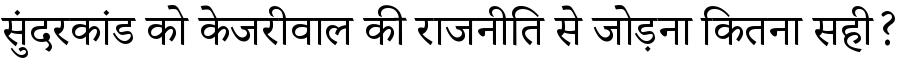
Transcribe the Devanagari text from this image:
सुंदरकांड को केजरीवाल की राजनीति से जोड़ना कितना सही?